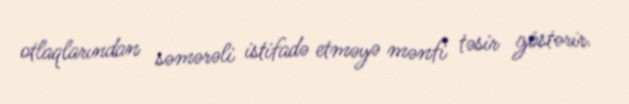
otlaqlarından səmərəli istifadə etməyə mənfi təsir göstərir.